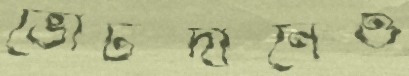
ভোটদানেও